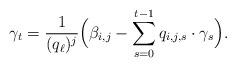
LaTeX: \begin{align*}\gamma_{t}=\frac{1}{(q_\ell)^{j}}\Big(\beta_{i,j}-\sum_{s=0}^{t-1}q_{i,j,s}\cdot \gamma_{s}\Big).\end{align*}